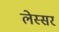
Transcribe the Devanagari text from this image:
लेस्सर